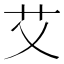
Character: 艾